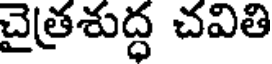
చైత్రశుద్ధ చవితి